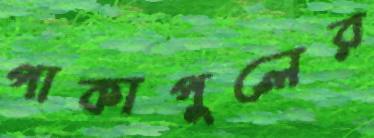
পাকাপুলের